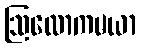
ဩလောကမယာ